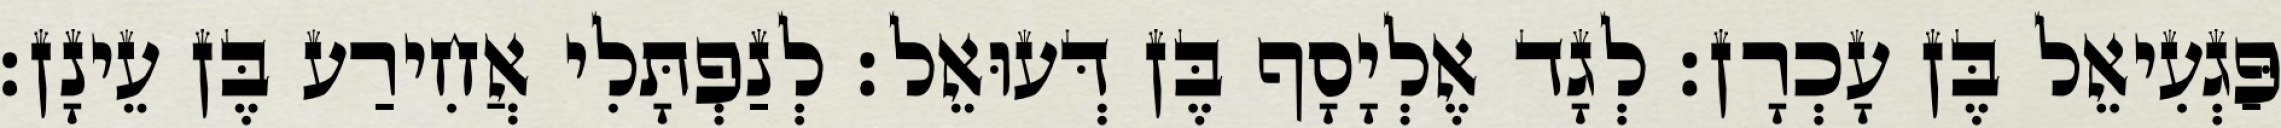
פַּגְעִיאֵל בֶּן עָכְרָן׃ לְגָד אֶלְיָסָף בֶּן דְּעוּאֵל׃ לְנַפְתָּלִי אֲחִירַע בֶּן עֵינָן׃